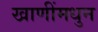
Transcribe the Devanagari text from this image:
खाणींमधुन